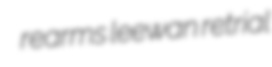
rearms leewan retrial